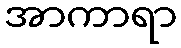
အာကာရာ